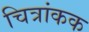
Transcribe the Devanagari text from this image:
चित्रांकक